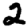
Digit: 2